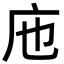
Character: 𢇚